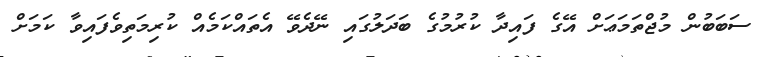
ސަބަބުން މުޖްތަމަޢަށް އޭގެ ފައިދާ ކުރުމުގެ ބަދަލުގައި ނޭދެވޭ އެތައްކަމެއް ކުރިމަތިވެފައިވާ ކަމަށް